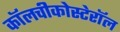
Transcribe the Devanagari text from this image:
कॉलचीकोस्टेरॉल